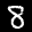
Label: 8